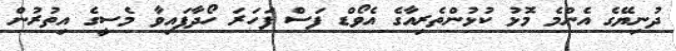
ދުނިޔޭގެ އެންމެ މޮޅު ކުޅުންތެރިއާގެ އެވޯޑް ފަސް ފަހަރަ ހޯދާފައިވާ މެސީގެ އިތުރުން